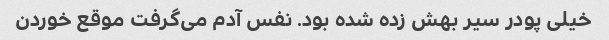
خیلی پودر سیر بهش زده شده بود. نفس آدم می‌گرفت موقع خوردن